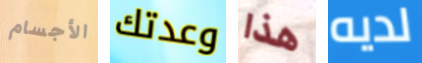
الأجسام وعدتك هذا لديه